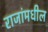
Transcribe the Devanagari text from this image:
राजांमधील